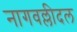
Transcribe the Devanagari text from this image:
नागवल्लीदल